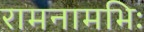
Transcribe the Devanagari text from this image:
रामनामभिः